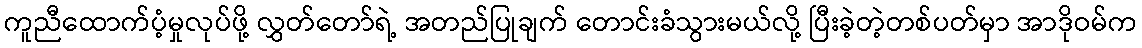
ကူညီထောက်ပံ့မှုလုပ်ဖို့ လွှတ်တော်ရဲ့ အတည်ပြုချက် တောင်းခံသွားမယ်လို့ ပြီးခဲ့တဲ့တစ်ပတ်မှာ အာဒိုဝမ်က